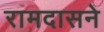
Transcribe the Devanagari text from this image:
रामदासने